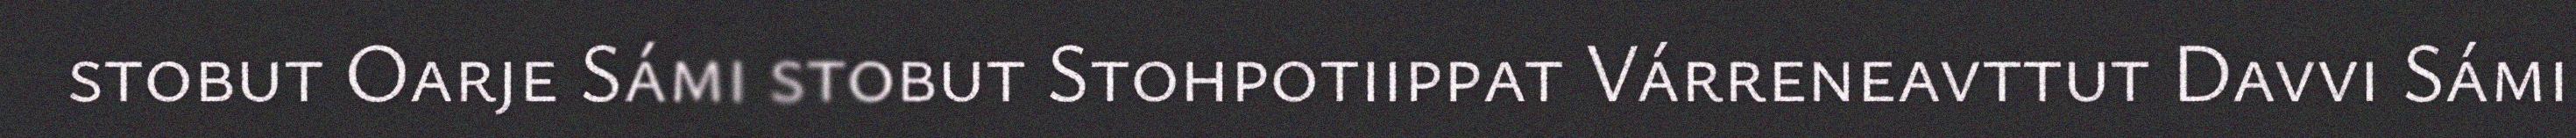
stobut Oarje Sámi stobut Stohpotiippat Várreneavttut Davvi Sámi